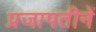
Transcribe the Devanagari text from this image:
प्रजापतीनें